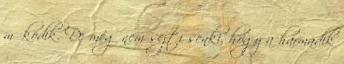
működik. De még nem sejti senki, hogy a harmadik